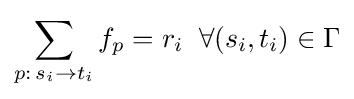
\sum _{p:\,s_{i}\rightarrow t_{i}}{f_{p}}=r_{i}\;\;\forall (s_{i},t_{i})\in \Gamma